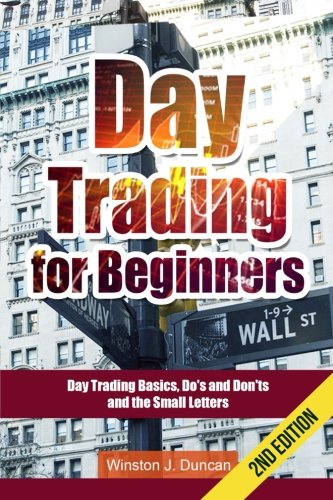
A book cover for Day Trading: Day Trading for Beginners - Options Trading and Stock Trading Explained: Day Trading Basics and Day Trading Strategies (Do's and Don'ts and the Small Letters); Winston J. Duncan; Business & Money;